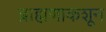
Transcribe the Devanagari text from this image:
ब्राह्मणाकशून